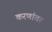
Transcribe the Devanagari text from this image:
करणांवर